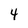
Character: 4